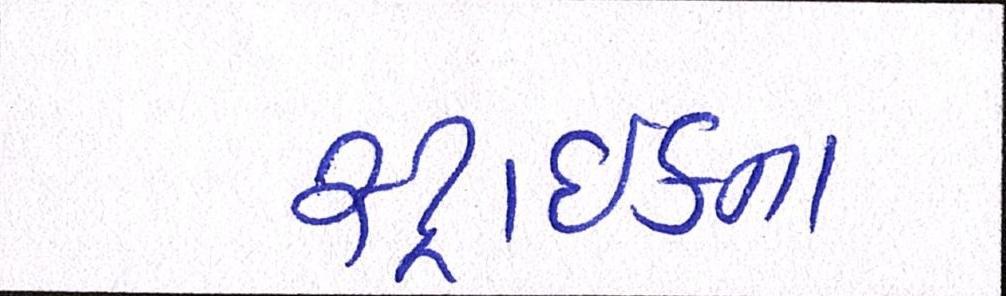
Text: સ્ટ્રાઈકના